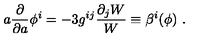
a { \frac { \partial } { \partial a } } \phi ^ { i } = - 3 g ^ { i j } { \frac { \partial _ { j } W } { W } } \equiv \beta ^ { i } ( \phi ) \ .